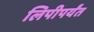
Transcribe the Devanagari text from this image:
लिपीपर्यंत